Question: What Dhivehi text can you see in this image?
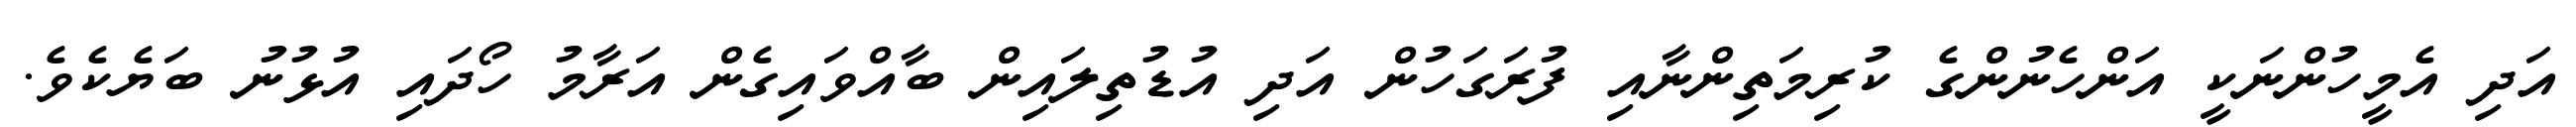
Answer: އަދި އެމީހުންނަކީ އަންހެނުންގެ ކުރިމަތިންނާއި ފުރަގަހުން އަދި އުޑުތިލައިން ބާއްވައިގެން އަރާމު ހޯދައި އުޅުނު ބަޔެކެވެ.